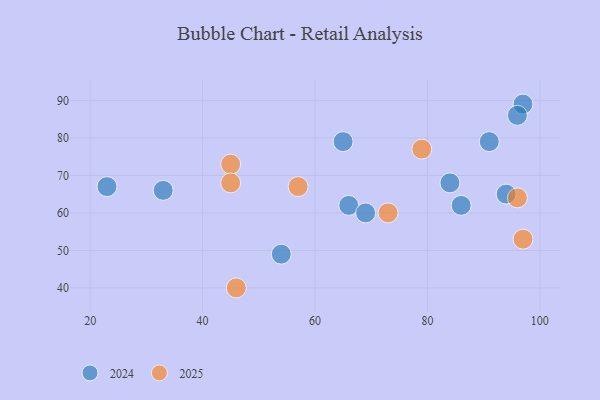
{"axis": {"x": "GDP", "y": "Life Expectancy"}, "legend": ["2024", "2025"], "data": [{"x": "57", "y": 67, "type": "2025"}, {"x": "96", "y": 64, "type": "2025"}, {"x": "46", "y": 40, "type": "2025"}, {"x": "97", "y": 53, "type": "2025"}, {"x": "45", "y": 73, "type": "2025"}, {"x": "73", "y": 60, "type": "2025"}, {"x": "45", "y": 68, "type": "2025"}, {"x": "79", "y": 77, "type": "2025"}, {"x": "54", "y": 49, "type": "2024"}, {"x": "94", "y": 65, "type": "2024"}, {"x": "97", "y": 89, "type": "2024"}, {"x": "33", "y": 66, "type": "2024"}, {"x": "84", "y": 68, "type": "2024"}, {"x": "65", "y": 79, "type": "2024"}, {"x": "23", "y": 67, "type": "2024"}, {"x": "91", "y": 79, "type": "2024"}, {"x": "86", "y": 62, "type": "2024"}, {"x": "96", "y": 86, "type": "2024"}, {"x": "66", "y": 62, "type": "2024"}, {"x": "69", "y": 60, "type": "2024"}]}